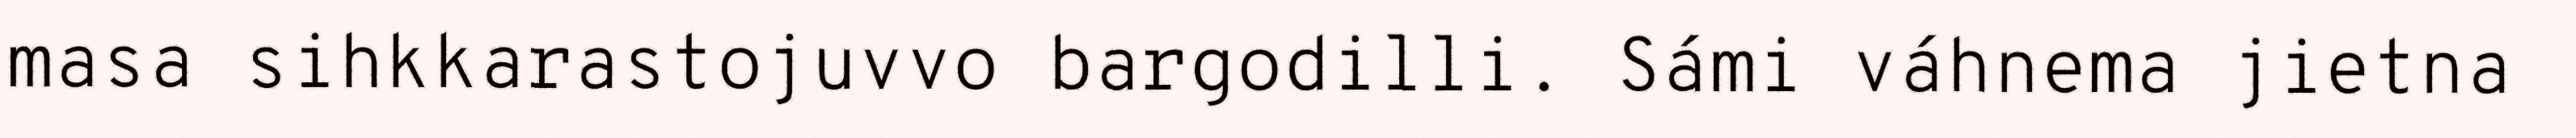
masa sihkkarastojuvvo bargodilli. Sámi váhnema jietna